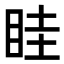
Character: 眭